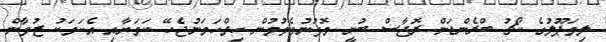
ލިވަޕޫލުގެ ކޯޗު ބްރެންޑަން ރޮޖާސް ބުނީ މޮޅުނުވެވުމުން ހިތްހަމަނުޖެހޭ ކަމަށާއި އެކަމަކު ޒުވާން